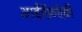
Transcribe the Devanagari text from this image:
आईऍफ़ऐबी